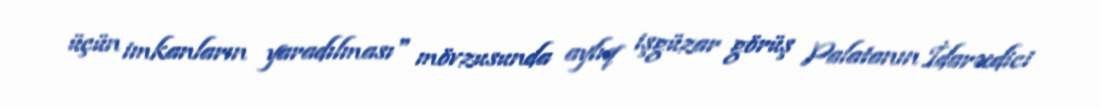
üçün imkanların yaradılması" mövzusunda aylıq işgüzar görüş Palatanın İdarəedici